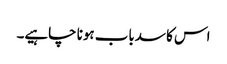
اس کا سدباب ہونا چاہیے۔